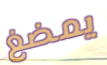
يمضغ